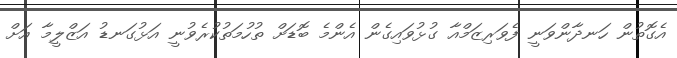
އެގޮތުން ހަނދާންވަނީ ފެވަރިޒަމްއާ ގުޅުވައިގެން އެންމެ ބޮޑަށް ތުހުމަތުކުރެވުނީ އަޅުގަނޑު އަޒްލީމާ އަށް